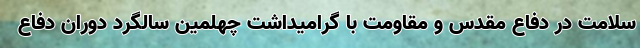
سلامت در دفاع مقدس و مقاومت با گرامیداشت چهلمین سالگرد دوران دفاع